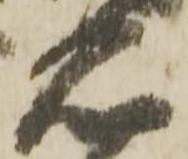
石